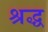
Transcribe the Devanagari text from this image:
श्रद्ध